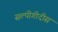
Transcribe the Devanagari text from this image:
सल्पीगीदीस